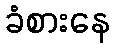
ခံစားနေ